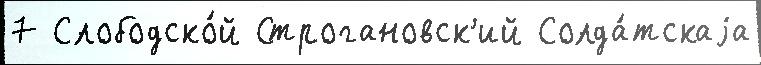
7 Слободско́й Строгановск'ий Солда́тскаjа